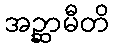
အဉ္ဆာမီတိ